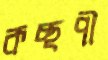
কচ্ছপী